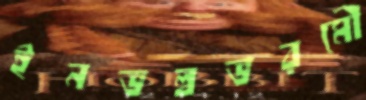
ইনভল্বভরমৌ